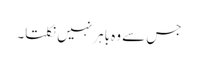
جس سے وہ باہر نہیں نکلتا۔